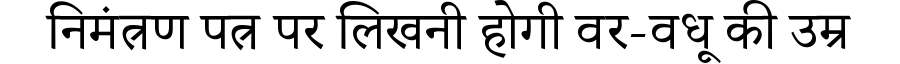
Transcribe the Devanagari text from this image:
निमंत्रण पत्र पर लिखनी होगी वर-वधू की उम्र